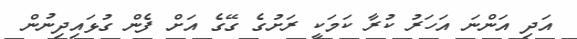
އަދި އަންނަ އަހަރު ކުރާ ކަމަކީ ރަށުގެ ގޭގެ އަށް ފެން ގުޅައިދިނުން